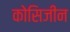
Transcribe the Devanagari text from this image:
कोसिजीन